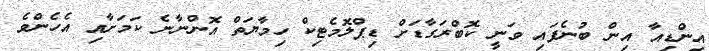
އިންޑިއާ އިން ބުނެފައި ވަނީ ކޮބްރަގާޑަށް ޑިޕްލޮމެޓިކް ހިމާޔަތް އޮންނާނެ ކަމަށާއި އެހެންވެ